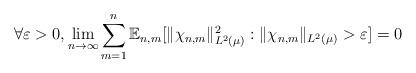
LaTeX: \begin{align*} \forall \varepsilon > 0, \lim_{n \to \infty} \sum_{m=1}^n \mathbb{E}_{n,m}[ \|\chi_{n,m} \|_{L^2(\mu)}^2 : \|\chi_{n,m} \|_{L^2(\mu)} > \varepsilon ] = 0 \end{align*}